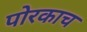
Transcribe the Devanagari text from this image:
पोरकाच